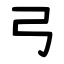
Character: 弓